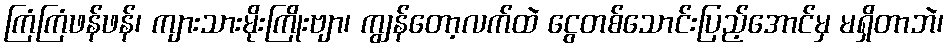
ကြံကြံဖန်ဖန်၊ ကျားသားမိုးကြိုးဗျာ၊ ကျွန်တော့လက်ထဲ ငွေတစ်သောင်းပြည့်အောင်မှ မရှိတာဘဲ၊